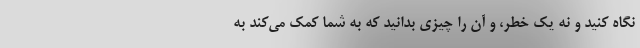
نگاه کنید و نه یک خطر، و آن را چیزی بدانید که به شما کمک می‌کند به